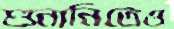
শুনানিতেও